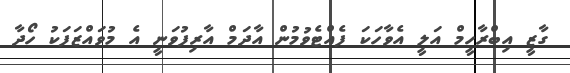
ގާޒީ އިބްރާހީމް އަލީ އެވާހަކަ ފެއްޓެވުމުން އާދަމް އާރިފުވަނީ އެ މުވައްޒަފަކު ހޯދާ